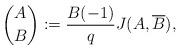
LaTeX: \begin{align*}{A \choose B}:=\frac{B(-1)}{q}J(A,\overline{B}),\end{align*}